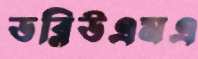
ডব্লিউএমএ